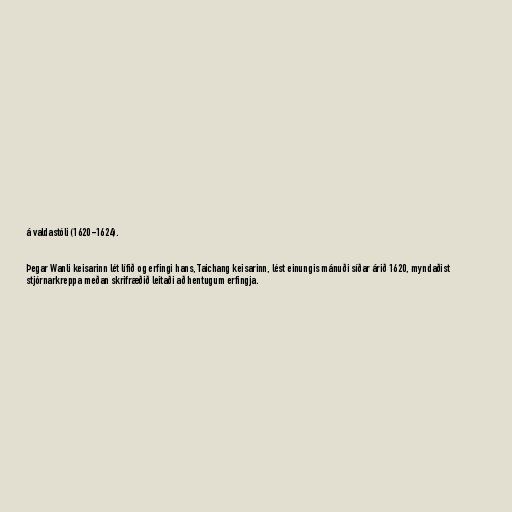
á valdastóli (1620-1624).

Þegar Wanli keisarinn lét lífið og erfingi hans, Taichang keisarinn, lést einungis mánuði síðar árið 1620, myndaðist
stjórnarkreppa meðan skrifræðið leitaði að hentugum erfingja.